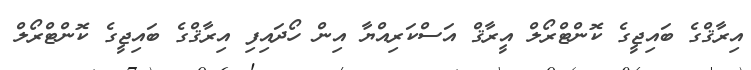
އިރާޤްގެ ބައިޖީގެ ކޮންޓްރޯލް އީރާޤް އަސްކަރިއްޔާ އިން ހޯދައިފި އިރާޤްގެ ބައިޖީގެ ކޮންޓްރޯލް